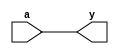
module io_buffer (
    input wire a,
    output reg y
);

always @ (a) begin
    y <= a;
end

endmodule